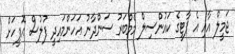
ޖަމީލް އާއި އެ ޕާޓީގެ ކައުންސިލް މެމްބަރު ސަންދާނު އަހަންމައިދީ ފުލުސް އޮފީހަށް